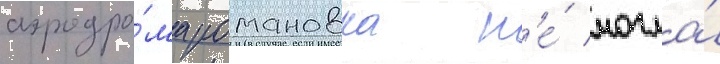
аэродро́ма романовка н'е́ могла́